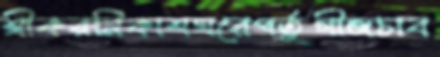
শ্রীকরনিকাশঘরেপর্তুগীজচাব